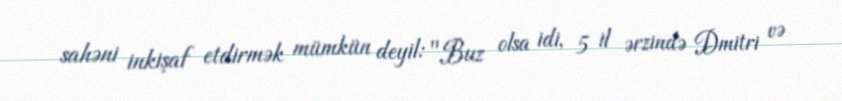
sahəni inkişaf etdirmək mümkün deyil: "Buz olsa idi, 5 il ərzində Dmitri və